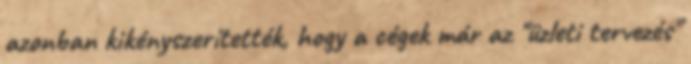
azonban kikényszerítették, hogy a cégek már az "üzleti tervezés"